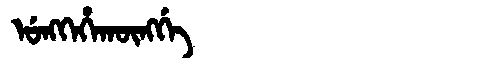
Manchu: ᡠᠩᡴᡝᡥᠠᡴᡡᠩᡤᡝ
Romanization: UNGKEHAKŪNGGE